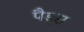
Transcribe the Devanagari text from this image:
पैड़्स